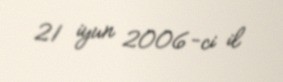
21 iyun 2006-ci il